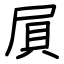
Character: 屓